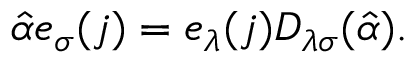
\hat { \alpha } e _ { \sigma } ( j ) = e _ { \lambda } ( j ) { \cal D } _ { \lambda \sigma } ( \hat { \alpha } ) .